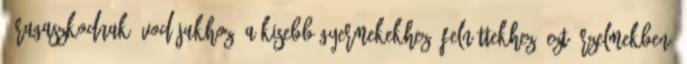
- Ragaszkodnak óvodájukhoz, a kisebb gyermekekhez, felnıttekhez. Ezt érzelmekben,